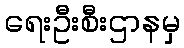
ရေးဦးစီးဌာနမှ